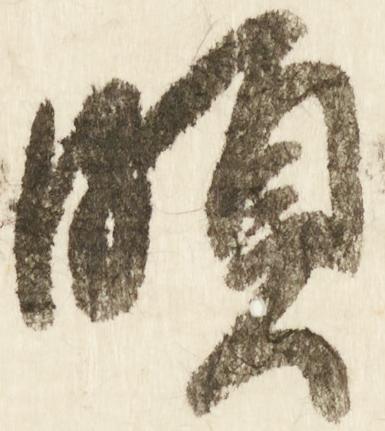
頗